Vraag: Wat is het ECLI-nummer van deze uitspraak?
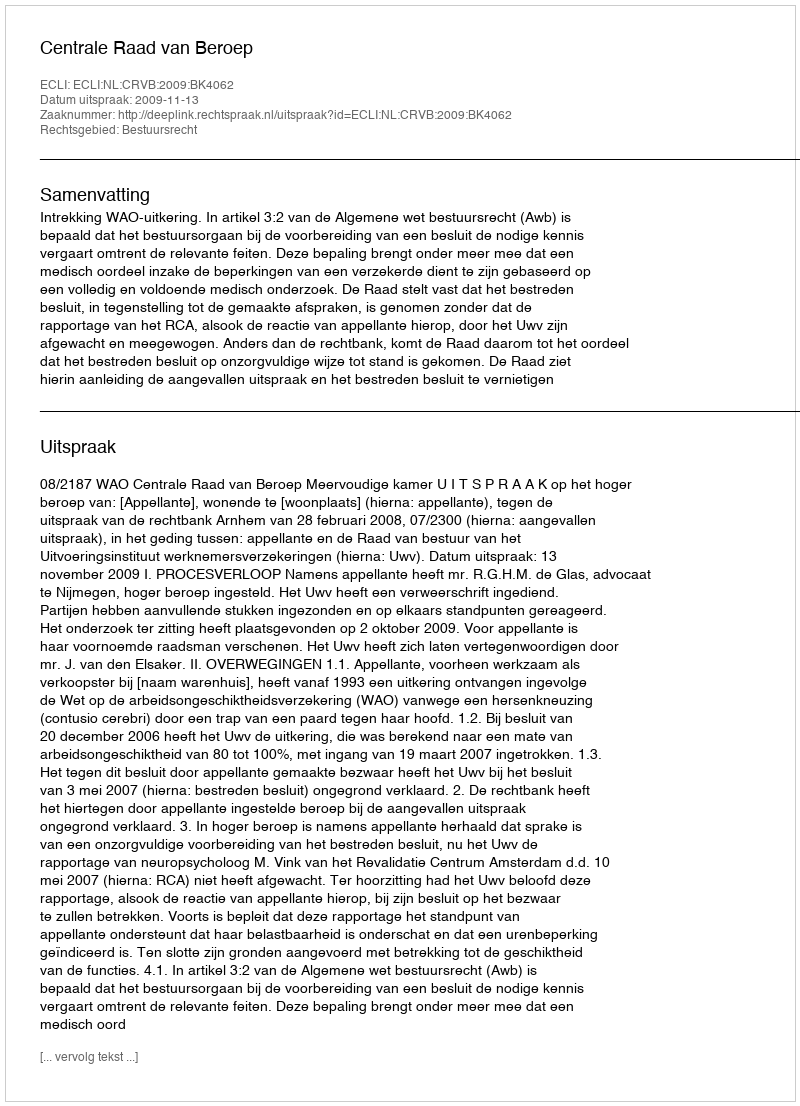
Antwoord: ECLI:NL:CRVB:2009:BK4062